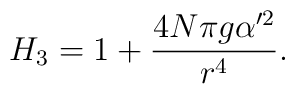
H_3= 1+ {4N\pi g \alpha^{\prime 2}\over r^4 }.